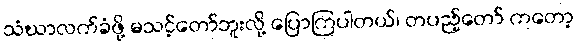
သံဃာလက်ခံဖို့ မသင့်တော်ဘူးလို့ ပြောကြပါတယ်၊ တပည့်တော် ကတော့